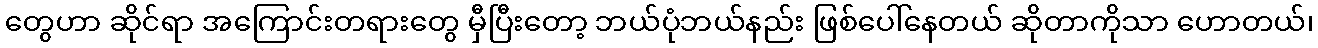
တွေဟာ ဆိုင်ရာ အကြောင်းတရားတွေ မှီပြီးတော့ ဘယ်ပုံဘယ်နည်း ဖြစ်ပေါ်နေတယ် ဆိုတာကိုသာ ဟောတယ်၊